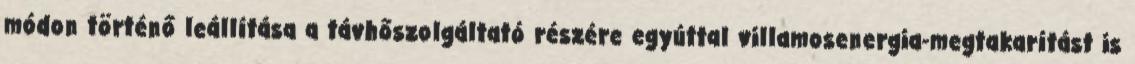
módon történő leállítása a távhőszolgáltató részére egyúttal villamosenergia-megtakarítást is